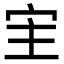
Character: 宔